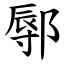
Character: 鄏